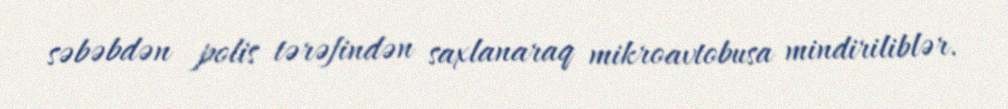
səbəbdən polis tərəfindən saxlanaraq mikroavtobusa mindiriliblər.